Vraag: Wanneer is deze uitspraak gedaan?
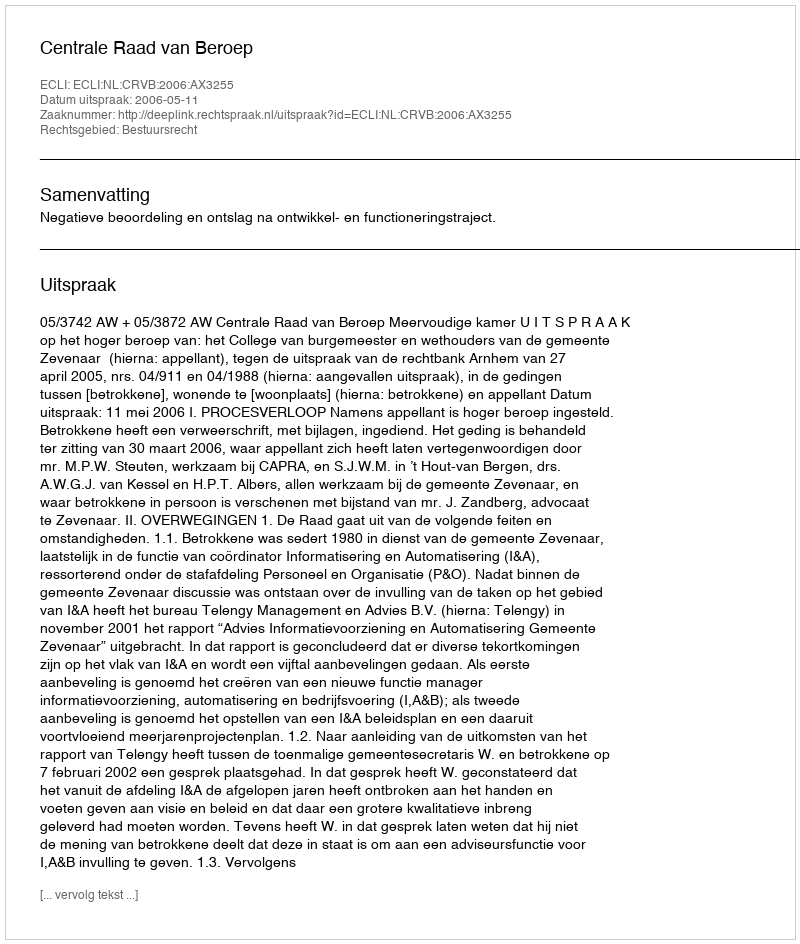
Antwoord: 2006-05-11